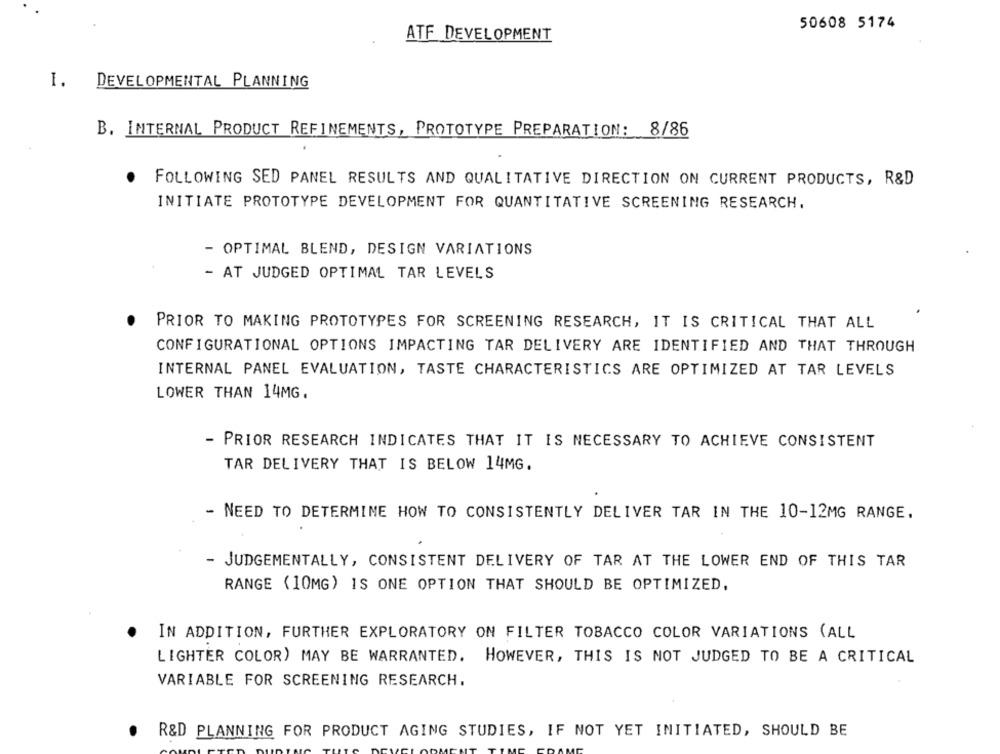
50608 5174
ATF DEVELOPMENT
I. DEVELOPMENTAL PLANNING
B. INTERNAL PRODUCT REFINEMENTS, PROTOTYPE PREPARATION: 8/86
FOLLOWING SED PANEL RESULTS AND QUALITATIVE DIRECTION ON CURRENT PRODUCTS, R&D
INITIATE PROTOTYPE DEVELOPMENT FOR QUANTITATIVE SCREENING RESEARCH.
OPTIMAL BLEND, DESIGN VARIATIONS
- AT JUDGED OPTIMAL TAR LEVELS
PRIOR TO MAKING PROTOTYPES FOR SCREENING RESEARCH, IT IS CRITICAL THAT ALL
CONFIGURATIONAL OPTIONS IMPACTING TAR DELIVERY ARE IDENTIFIED AND THAT THROUGH
INTERNAL PANEL EVALUATION, TASTE CHARACTERISTICS ARE OPTIMIZED AT TAR LEVELS
LOWER THAN 14MG.
- PRIOR RESEARCH INDICATES THAT IT IS NECESSARY TO ACHIEVE CONSISTENT
TAR DELIVERY THAT IS BELOW 14MG.
- NEED TO DETERMINE HOW TO CONSISTENTLY DELIVER TAR IN THE 10-12MG RANGE.
- JUDGEMENTALLY, CONSISTENT DELIVERY OF TAR AT THE LOWER END OF THIS TAR
RANGE (10MG) IS ONE OPTION THAT SHOULD BE OPTIMIZED,
IN ADDITION, FURTHER EXPLORATORY ON FILTER TOBACCO COLOR VARIATIONS (ALL
LIGHTER COLOR) MAY BE WARRANTED. HOWEVER, THIS IS NOT JUDGED TO BE A CRITICAL
VARIABLE FOR SCREENING RESEARCH.
.
R&D PLANNING FOR PRODUCT AGING STUDIES, IF NOT YET INITIATED, SHOULD BE